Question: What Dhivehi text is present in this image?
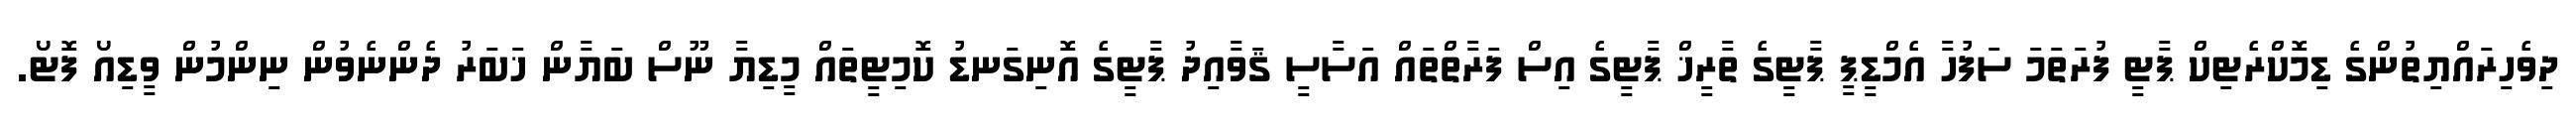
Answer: ދިވެހިރައްޔިތުންގެ ޑިމޮކްރެޓިކް ޕާޓީ ފުރަތަމަ ސަފުހާ އެމްޑީޕީ ޕާޓީގެ ތާރީޚް ޕާޓީގެ އިސް ފަރާތްތައް އަސާސީ ޤަވާއިދު ޕާޓީގެ އޮނިގަނޑު ކޮމިޓީތައް މީޑިޔާ ނޫސް ބަޔާން ޚަބަރު ދެންނެވުން ނިންމުން ވީޑިއޯ ފޮޓޯ.